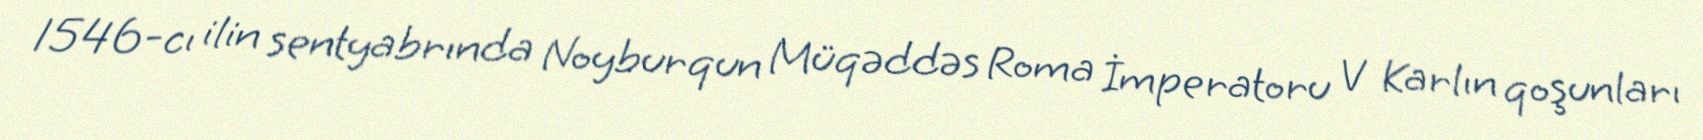
1546-cı ilin sentyabrında Noyburqun Müqəddəs Roma İmperatoru V Karlın qoşunları